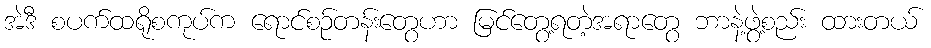
အဲဒီ စပက်ထရိုစကုပ်က ရောင်စဉ်တန်းတွေဟာ မြင်တွေ့ရတဲ့အရာတွေ ဘာနဲ့ဖွဲ့စည်း ထားတယ်